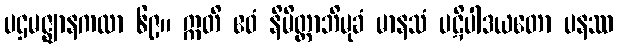
ပဌမဇ္ဈာနကထာ ၆၉။ ဣတိ ဧဝံ နိမိတ္တာဘိမုခံ မာနသံ ပဋိပါဒယတော ပနဿ